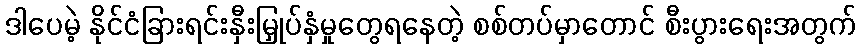
ဒါပေမဲ့ နိုင်ငံခြားရင်းနှီးမြှုပ်နှံမှုတွေရနေတဲ့ စစ်တပ်မှာတောင် စီးပွားရေးအတွက်